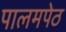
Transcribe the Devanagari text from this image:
पालमपेठ